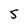
Character: 5